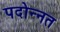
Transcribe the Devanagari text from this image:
पदोन्‍नत